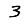
Digit: 3